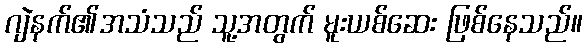
ဂျဲနက်၏အသံသည် သူ့အတွက် မူးယစ်ဆေး ဖြစ်နေသည်။